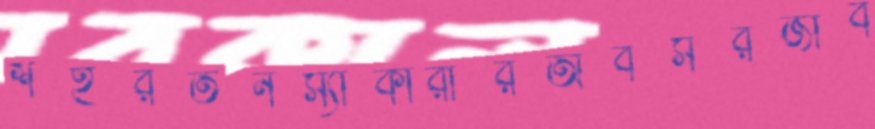
শহরতনস্যাত্কারীরঅবসরজীব